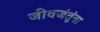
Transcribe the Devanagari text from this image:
जीवजंतूंना